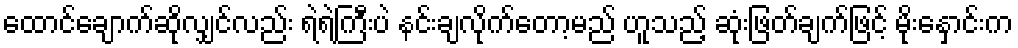
ထောင်ချောက်ဆိုလျှင်လည်း ရဲရဲကြီးပဲ နင်းချလိုက်တော့မည် ဟူသည့် ဆုံးဖြတ်ချက်ဖြင့် မိုးနှောင်းက